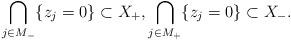
LaTeX: \begin{align*}\bigcap_{j\in M_-}\{z_j=0\}\subset X_+, \bigcap_{j\in M_+}\{z_j=0\}\subset X_-.\end{align*}